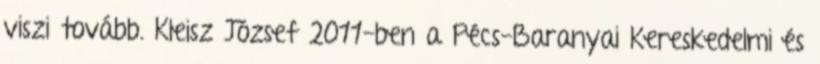
viszi tovább. Kleisz József 2011-ben a Pécs-Baranyai Kereskedelmi és